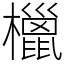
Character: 㯿